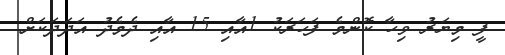
ފީ މިޔަރު ވިހާ ކޮންމެ ފަހަރަކު 1އާއި 15 އާއި ދެމެދު އަދަދަަކަށް